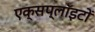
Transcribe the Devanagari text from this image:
एक्सप्लॉइटों